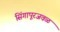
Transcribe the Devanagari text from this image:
सिंगापूरजवळ